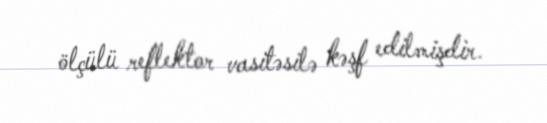
ölçülü reflektor vasitəsilə kəşf edilmişdir.